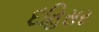
દહિસર